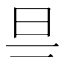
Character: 𣄾